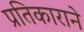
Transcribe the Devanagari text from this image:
प्रतिकाराने